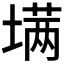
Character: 𰊟